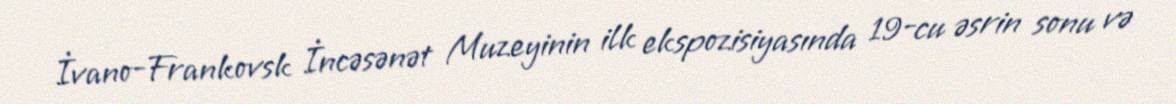
İvano-Frankovsk İncəsənət Muzeyinin ilk ekspozisiyasında 19-cu əsrin sonu və